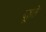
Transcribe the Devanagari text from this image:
दूहते